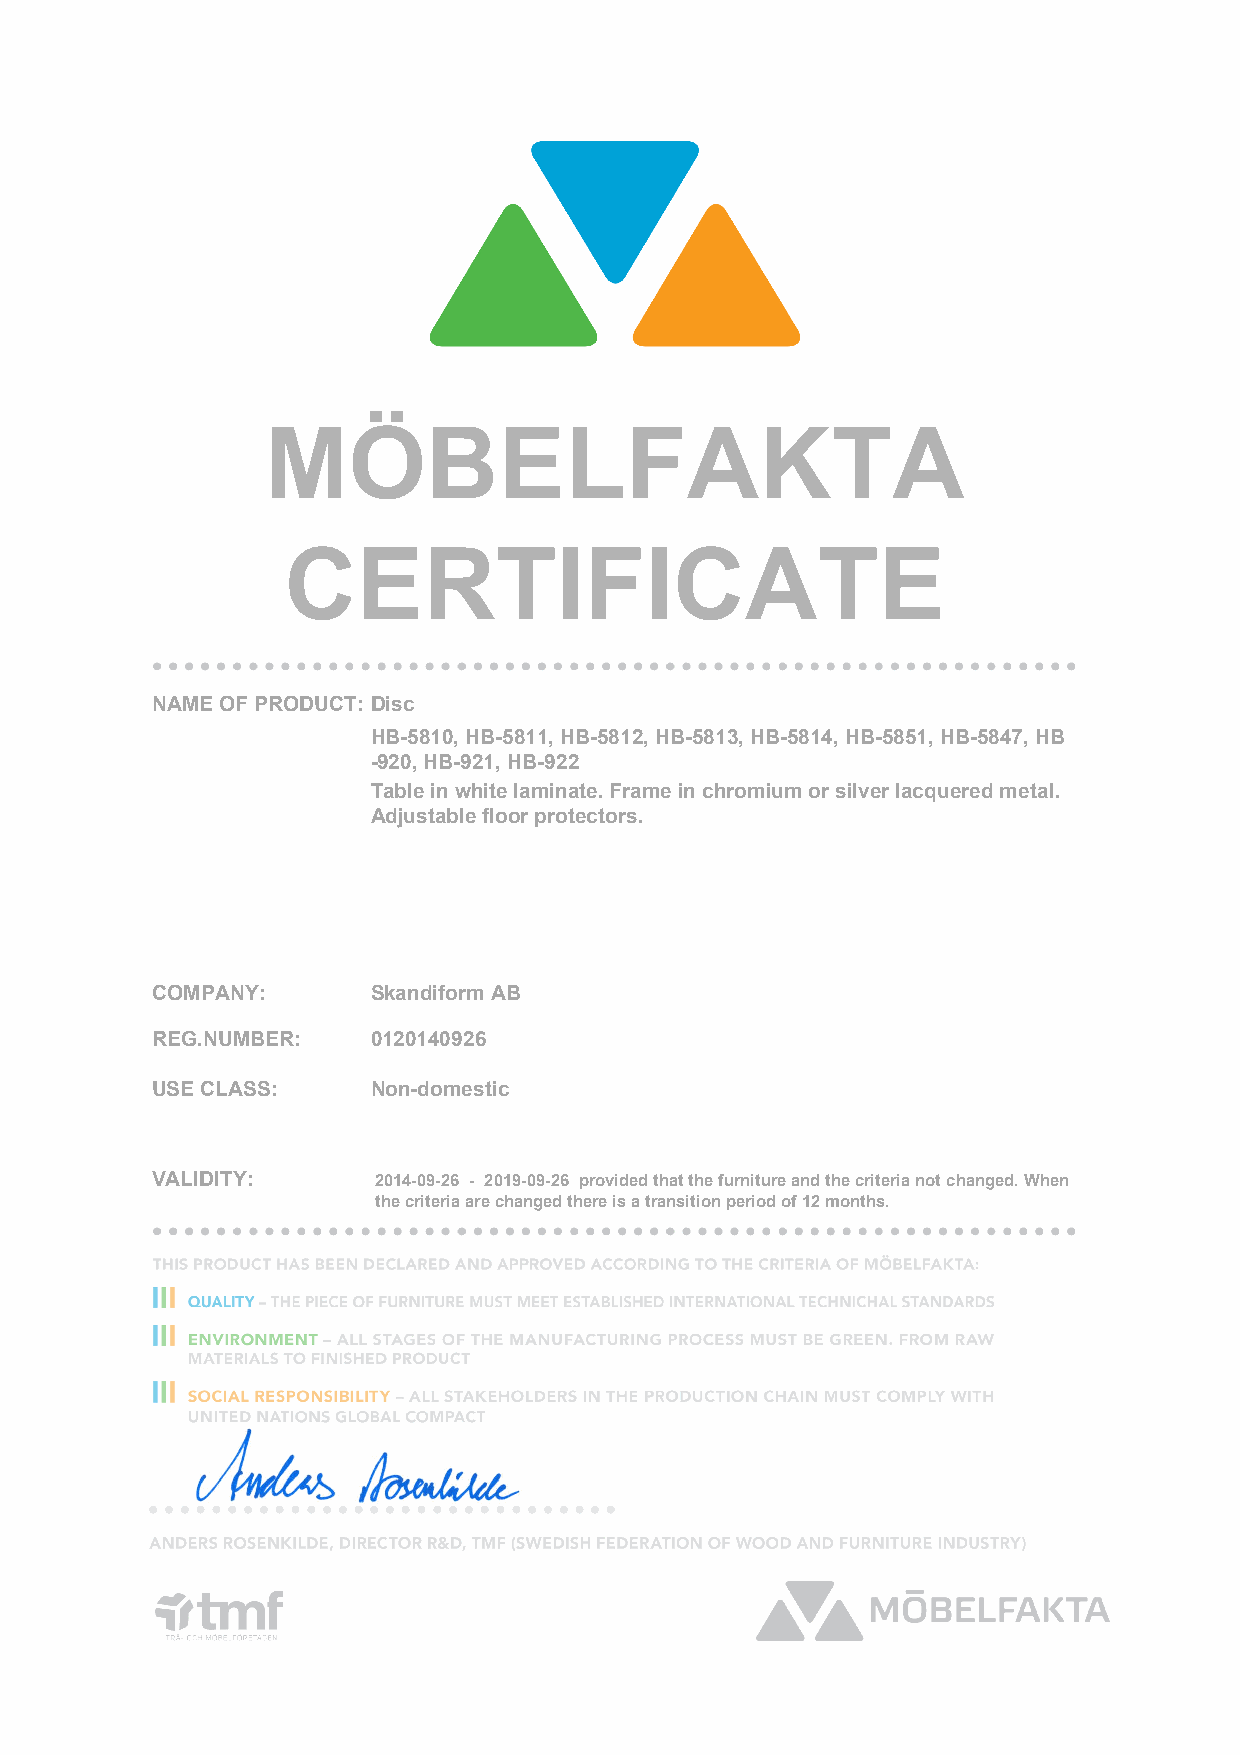
MÖBELFAKTA
 CERTIFICATE
 NAME OF PRODUCT: Disc
 HB-5810, HB-5811, HB-5812, HB-5813, HB-5814, HB-5851, HB-5847, HB
 -920, HB-921, HB-922
 Table in white laminate. Frame in chromium or silver lacquered metal.
 Adjustable floor protectors.
 COMPANY:       Skandiform AB       Non-domestic
 REG.NUMBER:    0120140926
 USE CLASS:     Non-domestic
 VALIDITY:      2014-09-26 - 2019-09-26 provided that the furniture and the criteria not changed. When
 the criteria are changed there is a transition period of 12 months.